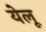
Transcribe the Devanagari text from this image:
येलू